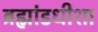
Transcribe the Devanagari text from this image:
ब्रह्मांडधीशा